Sanitation, dispensaries and jails vaccination Rajputana 1922-1927 - 1922-1927
Year: 1922
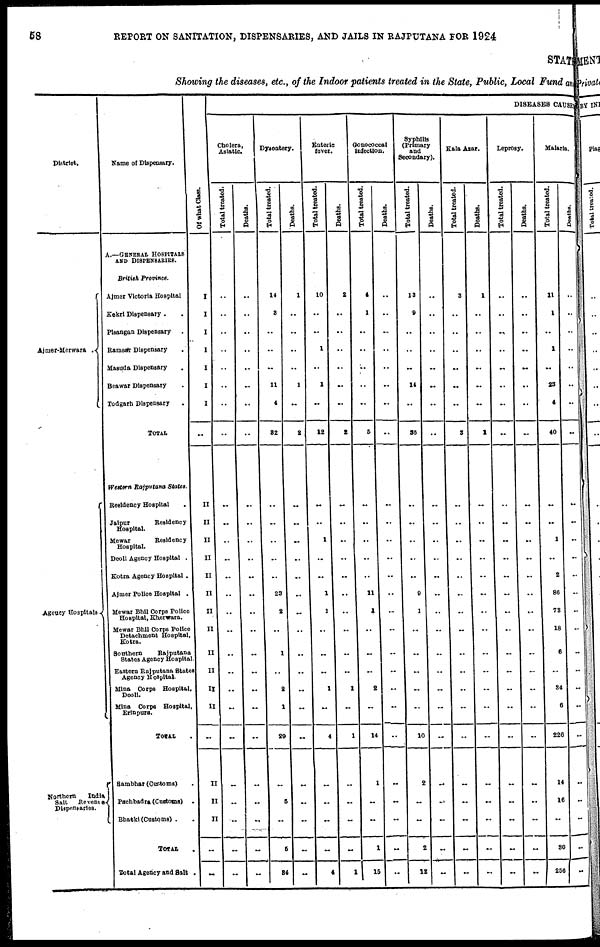
58
REPORT ON SANITATION, DISPENSARIES, AND JAILS IN RAJPUTANA FOR 1924
STATE
Showing the diseases, etc., of the Indoor patients treated in the State, Public, Local Fund and
District.
Ajmer..Merwara .
Agency Hospitals
Northern
India
Salt
Revenue
Dispensaries.
Name of Dispensary.
A.—GENERAL HOSPITALS
AND DISPENSARIES.
British
Province.
Ajmer Victoria Hospital
Kekri Dispensary . .
Pisangan Dispensary .
Ramsar Dispensary
Masuda Dispensary
Beawar Dispensary .
Todgarh Dispensary .
TOTAL
Western Rajputana
States.
Residency Hospital.
Jaipur
Residency
Hospital.
Mewar
Residency
Hospital.
Deoli Agency Hospital .
Kotra Agency Hospital .
Ajmer Police Hospital .
Mewar Bhil Corps Police
Hospital, Kherwara.
Mewar Bhil Corps Police
Detachment Hospital,
Kotra.
Southern
Rajputana
States Agency Hospital.
Eastern Rajputana States
Agency Hospital.
Mina Corps Hospital,
Deoli.
Mina Corps Hospital,
Erinpura.
TOTAL
Sambhar (Customs) .
Pachbadra (Customs)
.
Bhatki (Customs) . .
TOTAL .
Total Agency and Salt .
Of what Class.
I
I
I
I
I
I
I
..
..
II
II
II
II
II
II
II
II
II
II
II
II
..
II
II
II
..
..
DISEASES CAUSE
Cholera,
Asiatic.
Total treated
..
..
..
..
..
..
..
..
..
..
..
..
..
..
..
..
..
..
..
..
..
..
..
..
..
..
..
Deaths.
..
..
..
..
..
..
..
..
..
..
..
..
..
..
..
..
..
..
..
..
..
..
..
..
..
..
..
Dysentery.
Total treated.
14
8
..
..
..
11
4
32
..
..
..
..
..
..
23
2
..
1
..
2
1
29
..
5
..
5
34
Deaths.
1
..
..
..
..
1
..
2
..
..
..
..
..
..
..
..
..
..
..
..
..
..
..
..
..
..
..
Enteric
fever.
Total treated.
10
..
..
1
..
1
..
12
..
..
..
1
..
..
1
1
..
..
..
1
..
4
..
..
..
..
4
Deaths.
2
..
..
..
..
..
..
2
..
..
..
..
..
..
..
...
..
..
..
1
..
1
..
..
..
..
1
Gonococcal
Infection.
Total treated.
4
1
..
..
..
..
..
5
..
..
..
..
..
..
11
1
..
..
..
2
..
14
1
..
..
1
15
Deaths.
..
..
..
..
..
..
..
..
..
..
..
..
..
..
..
..
..
..
..
..
..
..
..
..
..
..
..
Syphilis
(Primary
and
Secondary).
Total treated.
13
9
..
..
..
14
..
36
..
..
..
..
..
..
9
1
..
..
..
..
..
10
2
..
..
2
12
Deaths.
..
..
..
..
..
..
..
..
..
..
..
..
..
..
..
..
..
..
..
..
..
..
..
..
..
..
..
Kala Azar.
Total treated.
3
..
..
..
..
..
..
3
..
..
..
..
..
..
..
..
..
..
..
..
..
..
..
..
..
..
..
Deaths.
1
..
..
..
..
..
..
1
..
..
..
..
..
..
..
..
..
..
..
..
..
..
..
..
..
..
..
Leprosy.
Total treated.
..
..
..
..
..
..
..
..
..
..
..
..
..
..
..
..
..
..
..
..
..
..
..
..
..
..
..
Deaths.
..
..
..
..
..
..
..
..
..
..
..
..
..
..
..
..
..
..
..
..
..
..
..
..
..
..
..
Malaria.
Total treated.
11
1
..
1
..
23
4
40
..
..
..
1
..
2
86
73
18
6
..
34
6
226
14
16
..
30
256
Deaths.
..
..
..
..
..
..
..
..
..
..
..
..
..
..
..
..
..
..
..
..
..
..
..
..
..
..
..